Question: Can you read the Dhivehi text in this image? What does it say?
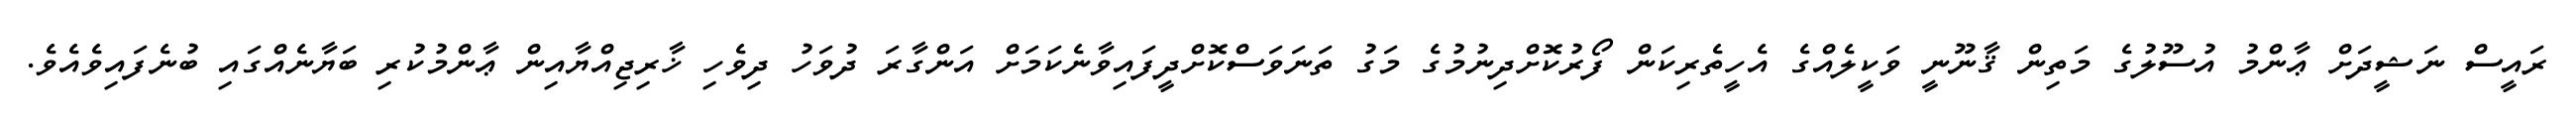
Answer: ރައީސް ނަޝީދަށް ޢާންމު އުސޫލުގެ މަތިން ޤާނޫނީ ވަކީލެއްގެ އެހީތެރިކަން ފޯރުކޮށްދިނުމުގެ މަގު ތަނަވަސްކޮށްދީފައިވާނެކަމަށް އަންގާރަ ދުވަހު ދިވެހި ޚާރިޖިއްޔާއިން ޢާންމުކުރި ބަޔާނެއްގައި ބުނެފައިވެއެވެ.